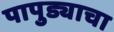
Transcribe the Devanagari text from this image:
पापुड्याचा